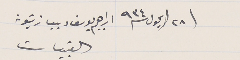
فى ٢٨ ايلول سنة ٩٣٤
 ابراهيم يوسف ديب زيتونه القبيات